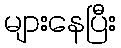
များနေပြီး